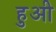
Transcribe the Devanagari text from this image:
हुअी